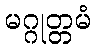
မဂ္ဂုတ္တမံ